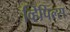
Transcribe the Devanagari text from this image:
व्हिपिल्स